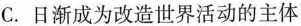
C.日渐成为改造世界活动的主体